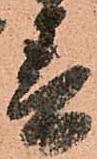
春